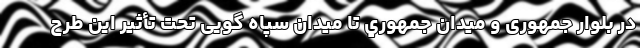
در بلوار جمهوری و ميدان جمهوري تا ميدان سپاه گویی تحت تأثیر این طرح